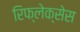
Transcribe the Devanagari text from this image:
रिफ्लेक्सेस